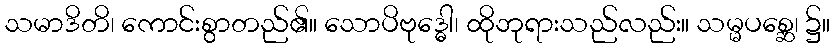
သမာဒိတိ၊ ကောင်းစွာတည်၏။ သောပိဗုဒ္ဓေါ၊ ထိုဘုရားသည်လည်း။ သမ္မပစ္ဆေ၊ ၌။